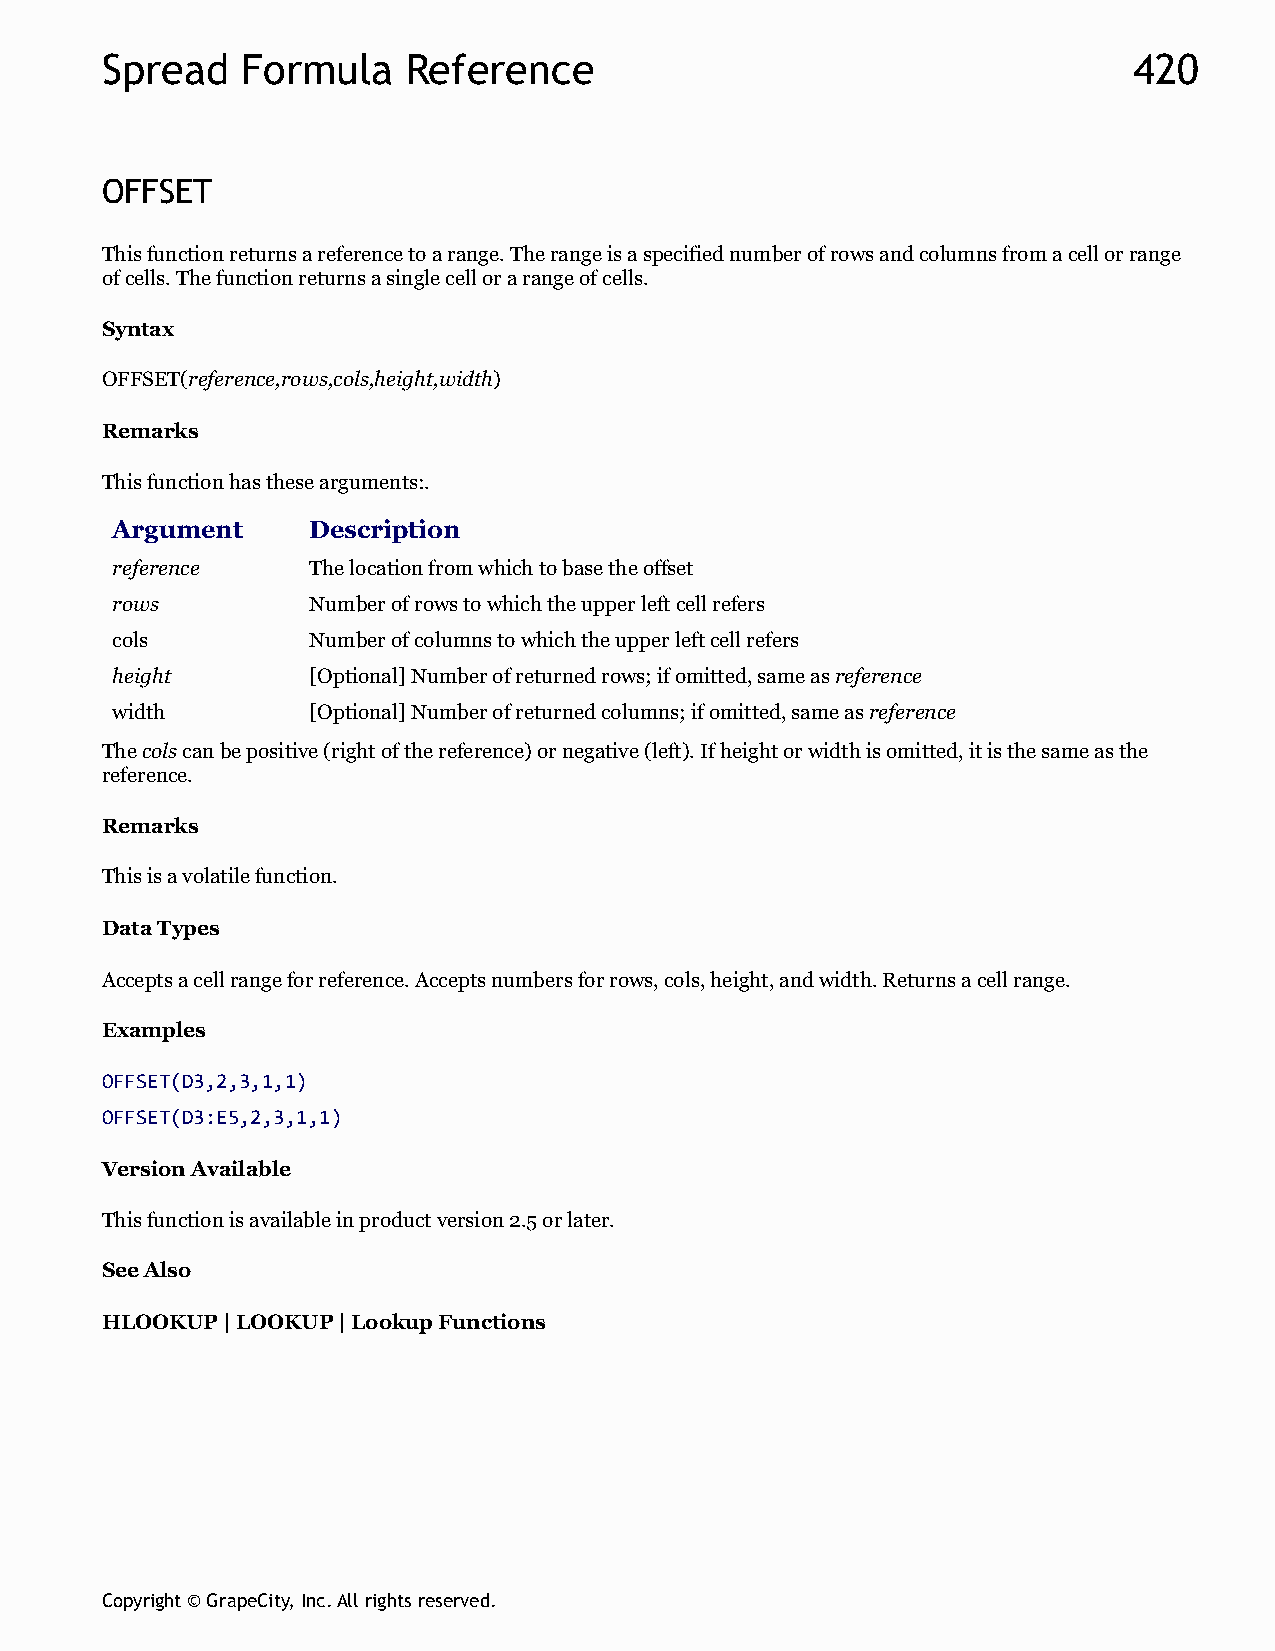
Spread   Formula    Reference                                       420
 OFFSET
 This function returns a reference to a range. The range is a specified number of rows and columns from a cell or range
 of cells. The function returns a single cell or a range of cells.
 Syntax
 OFFSET(reference,rows,cols,height,width)
 Remarks
 This function has these arguments:.
 Argument     Description
 reference    The location from which to base the offset
 rows         Number of rows to which the upper left cell refers
 cols         Number of columns to which the upper left cell refers
 height       [Optional] Number of returned rows; if omitted, same as reference
 width        [Optional] Number of returned columns; if omitted, same as reference
 The cols can be positive (right of the reference) or negative (left). If height or width is omitted, it is the same as the
 reference.
 Remarks
 This is a volatile function.
 Data Types
 Accepts a cell range for reference. Accepts numbers for rows, cols, height, and width. Returns a cell range.
 Examples
 OFFSET(D3,2,3,1,1)
 OFFSET(D3:E5,2,3,1,1)
 Version Available
 This function is available in product version 2.5 or later.
 See Also
 HLOOKUP | LOOKUP | Lookup Functions
 Copyright © GrapeCity, Inc. All rights reserved.